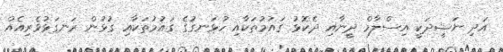
އަދި ނަޝީދަކީ އިސްލާމް ދީނާއި ދެކޮޅު ގައުމުތަކާއި ހުޅަނގުގެ ގައުމުތަކާއި ގުޅުން ރަނގަޅުވެރިއެއް